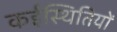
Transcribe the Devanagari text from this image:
कईस्थितियों